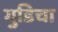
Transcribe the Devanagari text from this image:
गुडिचा